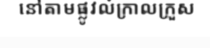
នៅតាមផ្លូវលំក្រាលក្រួស